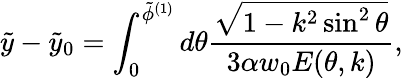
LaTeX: \tilde{y}-\tilde{y}_{0}=\int_{0}^{\tilde{\phi}^{(1)}}d\theta{\frac{\sqrt{1-k^{2}\sin^{2}\theta}}{3\alpha w_{0}E(\theta,k)}},